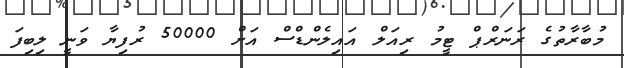
މުބާރާތުގެ ރަނަރްޕް ޓީމު ރިއަލް އައިލެންޑްސް އަށް 50000 ރުފިޔާ ވަނީ ލިބިފަ